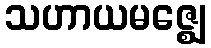
သဟာယမဇ္ဈေ